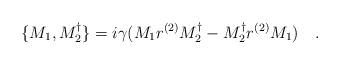
LaTeX: \begin{align*}\, \{ M_1,M_2^{\dagger} \} = i \gamma ( M_1r^{(2)}M_2^{\dagger}-M_2^{\dagger}r^{(2)}M_1) \quad.\end{align*}